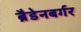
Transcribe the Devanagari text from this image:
ब्रैडेनबर्गर